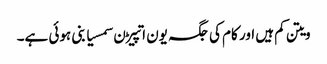
ویتن کم ہیں اور کام کی جگہ یون اتپیڑن سمسیا بنی ہوئی ہے۔